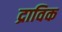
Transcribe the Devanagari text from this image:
द्राविक